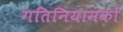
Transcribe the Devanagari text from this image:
गतिनियामकों